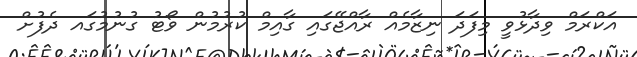
އަކްރަމް ވިދާޅުވީ މިފަދަ ނިޒާމެއް ރާއްޖޭގައި ގާއިމް ކުރުމުން ވޯޓު ގުނުމުގައ ދެފުށް